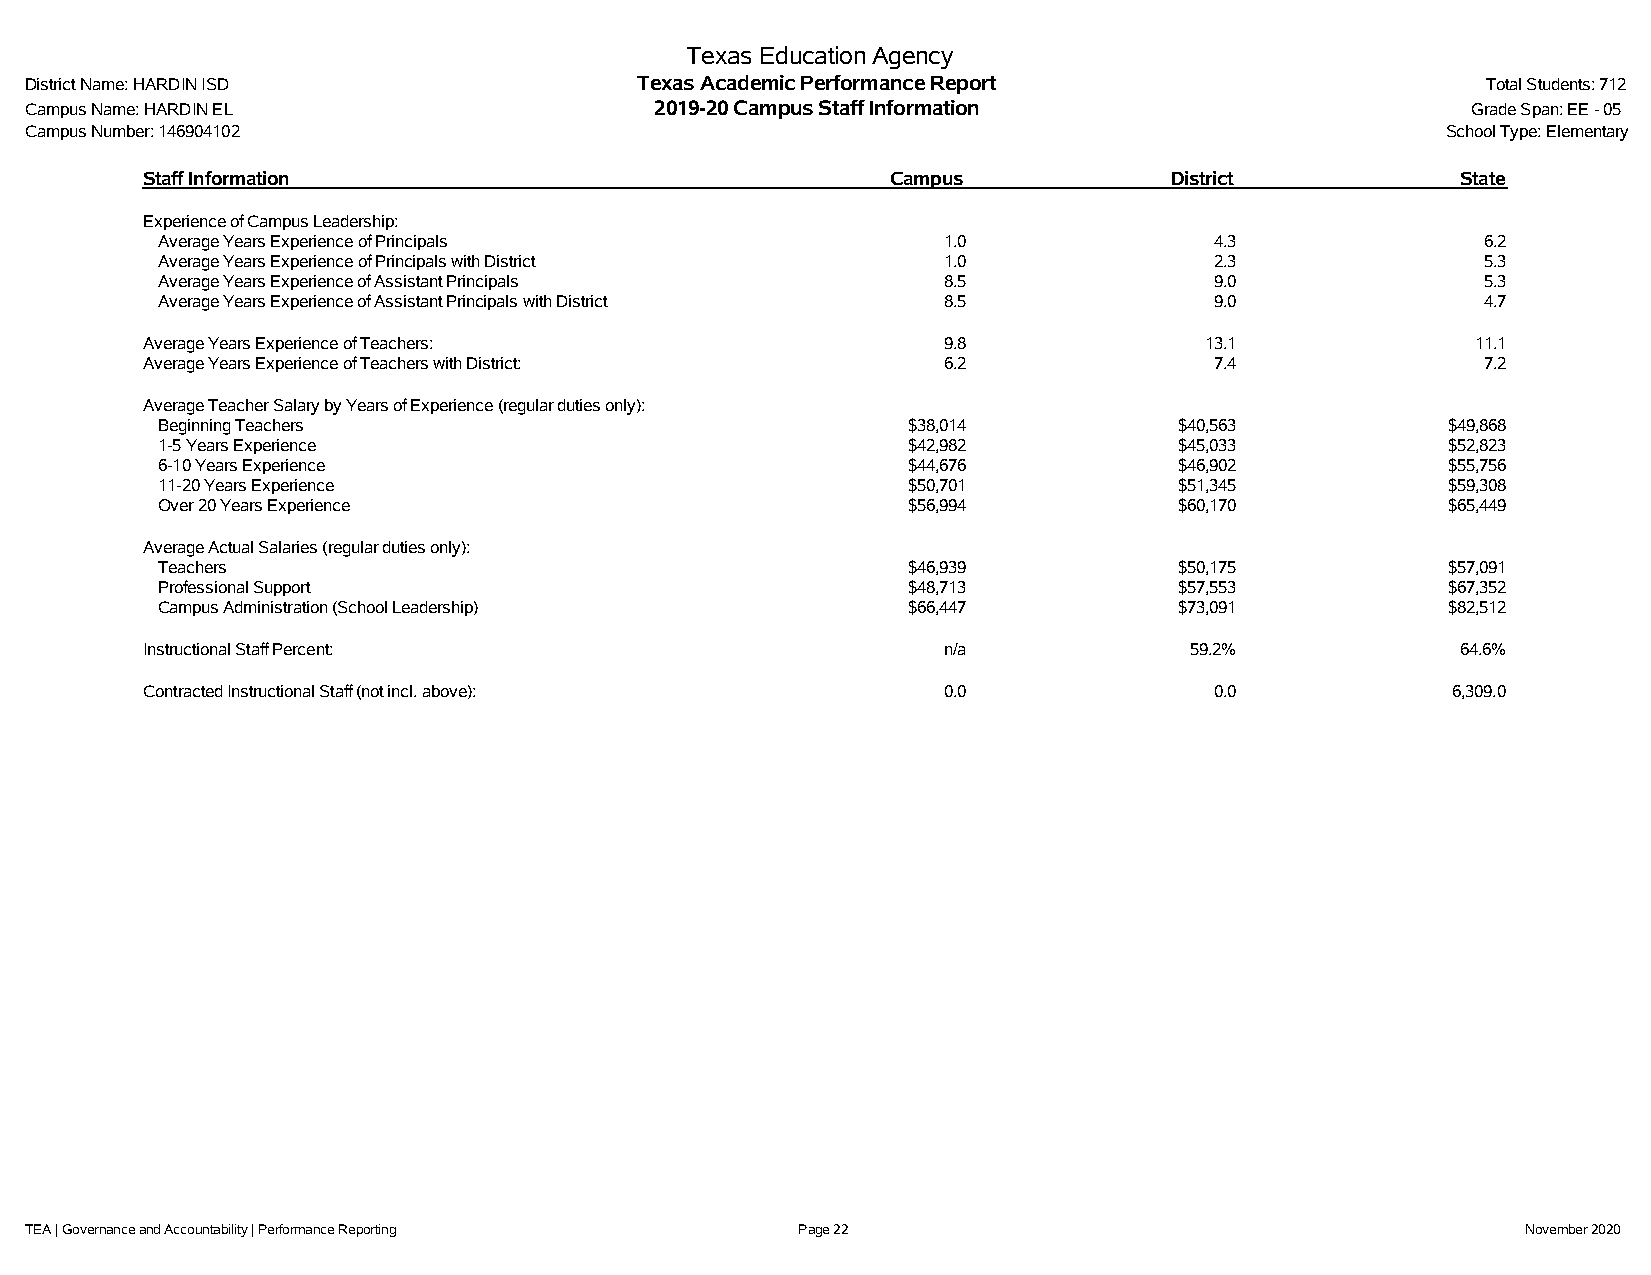
Texas Education Agency
 District Name: HARDIN ISD               Texas Academic Performance Report                       Total Students: 712
 Campus Name: HARDIN EL                   2019-20 Campus Staff Information                      Grade Span: EE - 05
 Campus Number: 146904102                                                                      School Type: Elementary
 Staff Information                                 Campus            District            State
 Experience of Campus Leadership:
 Average Years Experience of Principals              1.0               4.3               6.2
 Average Years Experience of Principals with District 1.0              2.3               5.3
 Average Years Experience of Assistant Principals    8.5               9.0               5.3
 Average Years Experience of Assistant Principals with District 8.5    9.0               4.7
 Average Years Experience of Teachers:                9.8               13.1              11.1
 Average Years Experience of Teachers with District:  6.2               7.4               7.2
 Average Teacher Salary by Years of Experience (regular duties only):
 Beginning Teachers                                $38,014           $40,563           $49,868
 1-5 Years Experience                              $42,982           $45,033           $52,823
 6-10 Years Experience                             $44,676           $46,902           $55,756
 11-20 Years Experience                            $50,701           $51,345           $59,308
 Over 20 Years Experience                          $56,994           $60,170           $65,449
 Average Actual Salaries (regular duties only):
 Teachers                                          $46,939           $50,175           $57,091
 Professional Support                              $48,713           $57,553           $67,352
 Campus Administration (School Leadership)         $66,447           $73,091           $82,512
 Instructional Staff Percent:                         n/a              59.2%             64.6%
 Contracted Instructional Staff (not incl. above):    0.0               0.0             6,309.0
 TEA | Governance and Accountability | Performance Reporting Page 22                                November 2020